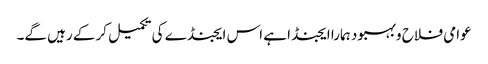
عوامی فلاح وبہبود ہمارا ایجنڈا ہے اس ایجنڈے کی تکمیل کرکے رہیں گے۔